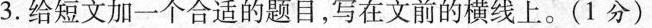
3.给短文加一个合适的题目，写在文前的横线上。(1分)